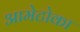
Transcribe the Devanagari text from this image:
आमेटोका